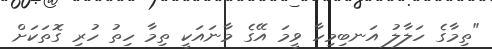
"ތިމާގެ ހަލާލު އަނބިމިހާ ވީމަ އޭގެ މާނައަކީ ތިމާ ހިތު ހުރި ގޮތަކަށް